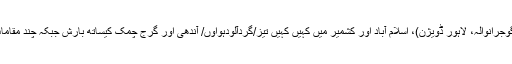
تاہم شمال مشرقی پنجاب (راولپنڈی، گوجرانوالہ، لاہور ڈویژن)، اسلام آباد اور کشمیر میں کہیں کہیں تیز/گردآلودہواوٗں/ آندھی اور گرج چمک کیساتھ بارش جبکہ چند مقامات پر موسلادھار بارش کا امکان ہے۔